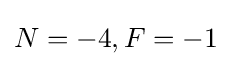
N=-4,F=-1